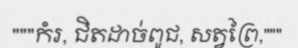
"""កំរ, ជិតដាច់ពូជ, សត្វព្រៃ,"""